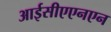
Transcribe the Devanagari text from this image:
आईसीएएनएन